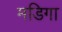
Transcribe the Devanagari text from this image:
मडिगा